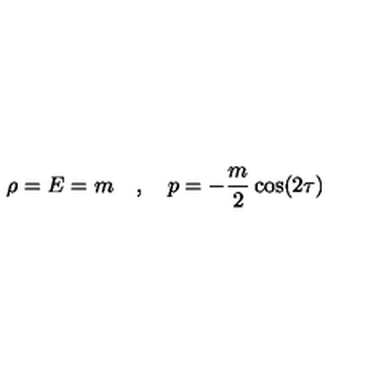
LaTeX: \rho = E = m \quad , \quad p = - { \frac { m } { 2 } } \cos ( 2 \tau )